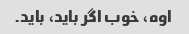
اوه، خوب اگر باید، باید.